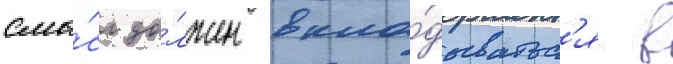
смы́сл до́лжен вкла́дыватьс'я в